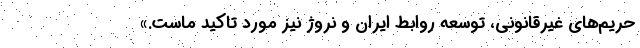
حریم‌های غیرقانونی، توسعه روابط ایران و نروژ نیز مورد تاکید ماست.»